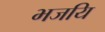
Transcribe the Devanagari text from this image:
भजयि